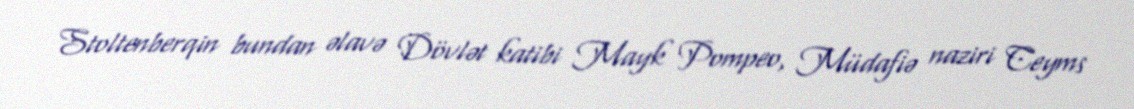
Stoltenberqin bundan əlavə Dövlət katibi Mayk Pompeo, Müdafiə naziri Ceyms